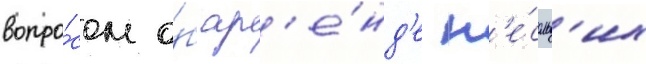
вопро́сом о́б ар'е́нд'е н'е́скольк'их